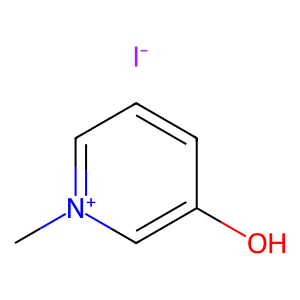
SMILES: C[n+]1cccc(O)c1.[I-]
Inhibits HIV replication: No